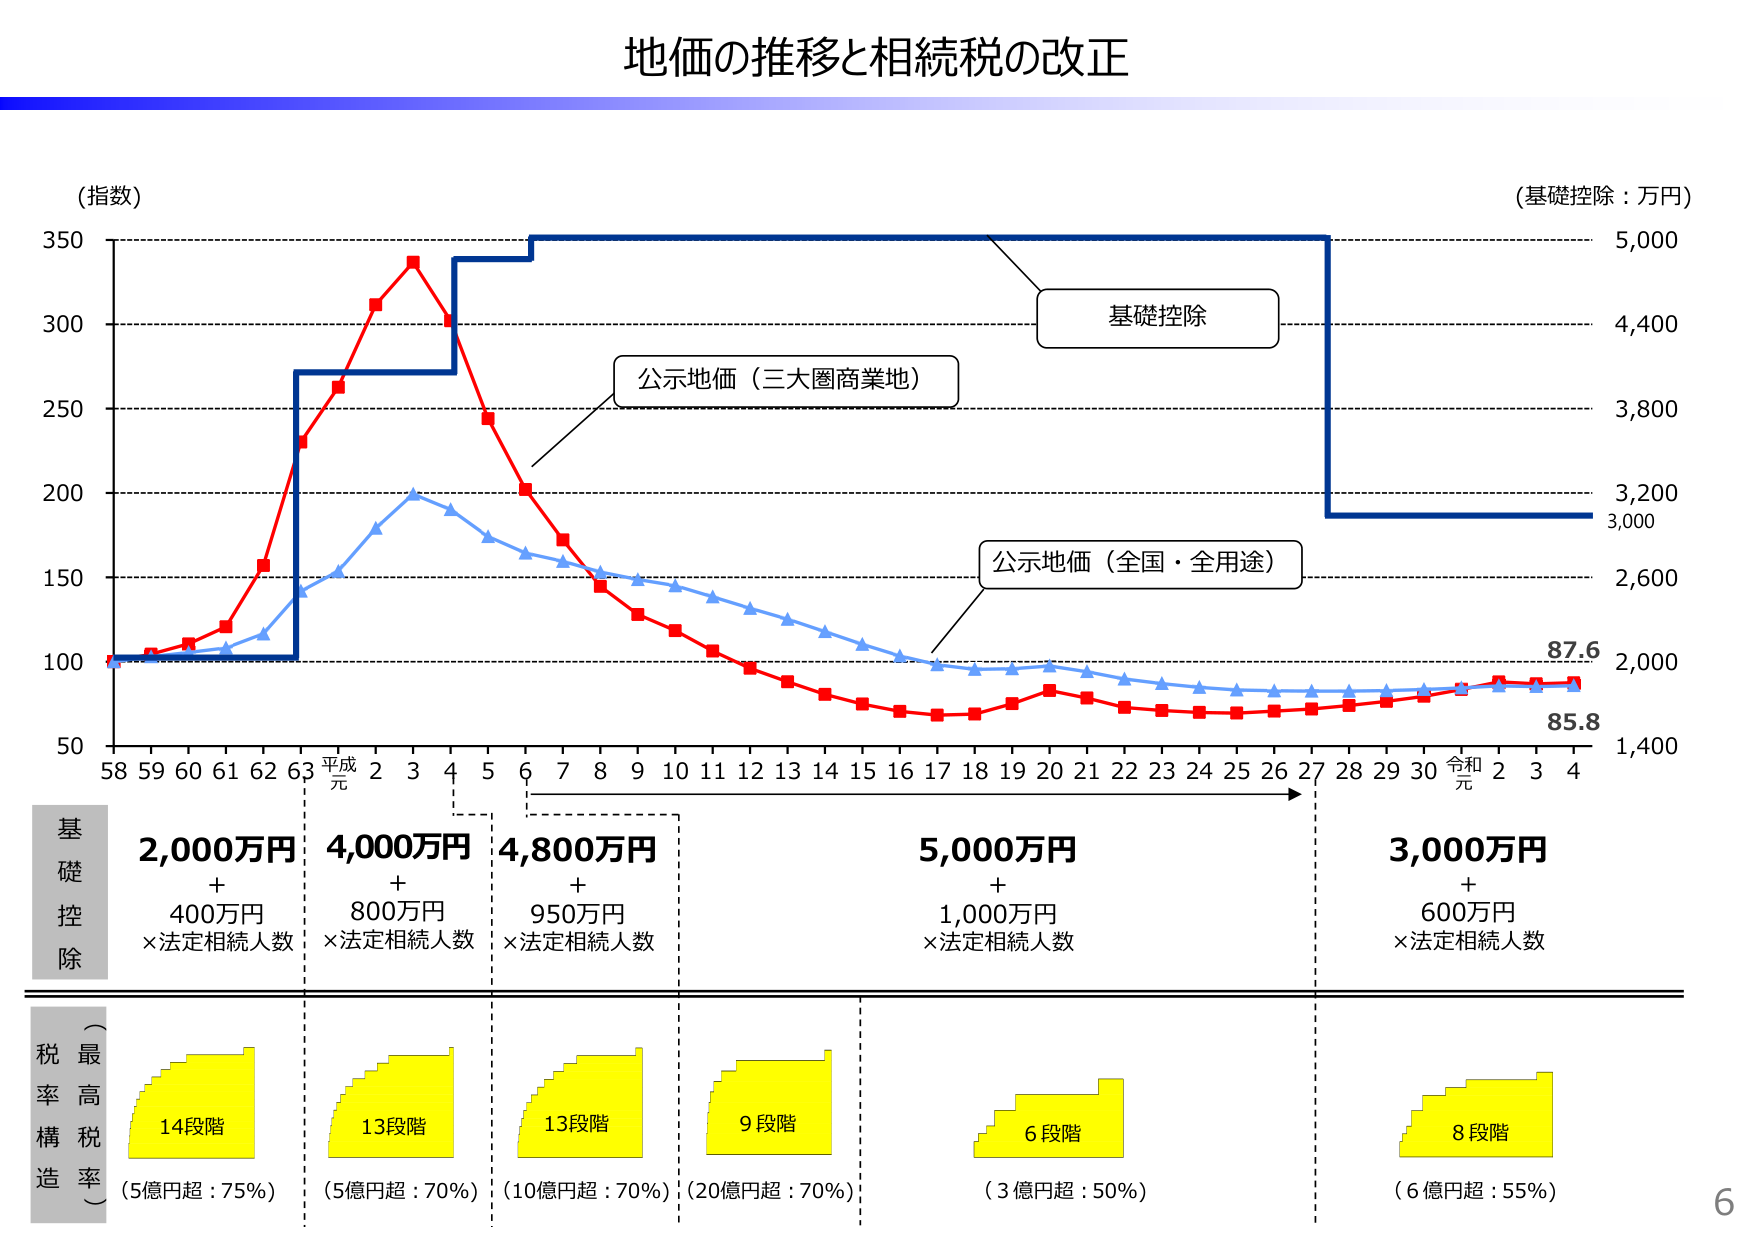
地価の推移と相続税の改正

(指数)
350
300
250
200
150
100
50

58 59 60 61 62 63 平成元 2 3 4 5 6 7 8 9 10 11 12 13 14 15 16 17 18 19 20 21 22 23 24 25 26 27 28 29 30 令和元 2 3 4

(基礎控除：万円)
5,000
4,400
3,800
3,200
3,000
2,600
2,000
1,400

基礎控除
公示地価（三大圏商業地）
公示地価（全国・全用途）

87.6
85.8

基礎控除
2,000万円
+ 400万円
×法定相続人数

4,000万円
+ 800万円
×法定相続人数

4,800万円
+ 950万円
×法定相続人数

5,000万円
+ 1,000万円
×法定相続人数

3,000万円
+ 600万円
×法定相続人数

税率構造（最高税率）
14段階
（5億円超：75%）

13段階
（5億円超：70%）

13段階
（10億円超：70%）

9段階
（20億円超：70%）

6段階
（3億円超：50%）

8段階
（6億円超：55%）

6